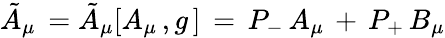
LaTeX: {\tilde{A}}_{\mu}\, ={\tilde{A}}_{\mu}[A_{\mu}\, ,g\, ]\, =\, P_{-}\, A_{\mu}\, +\, P_{+}\, B_{\mu}